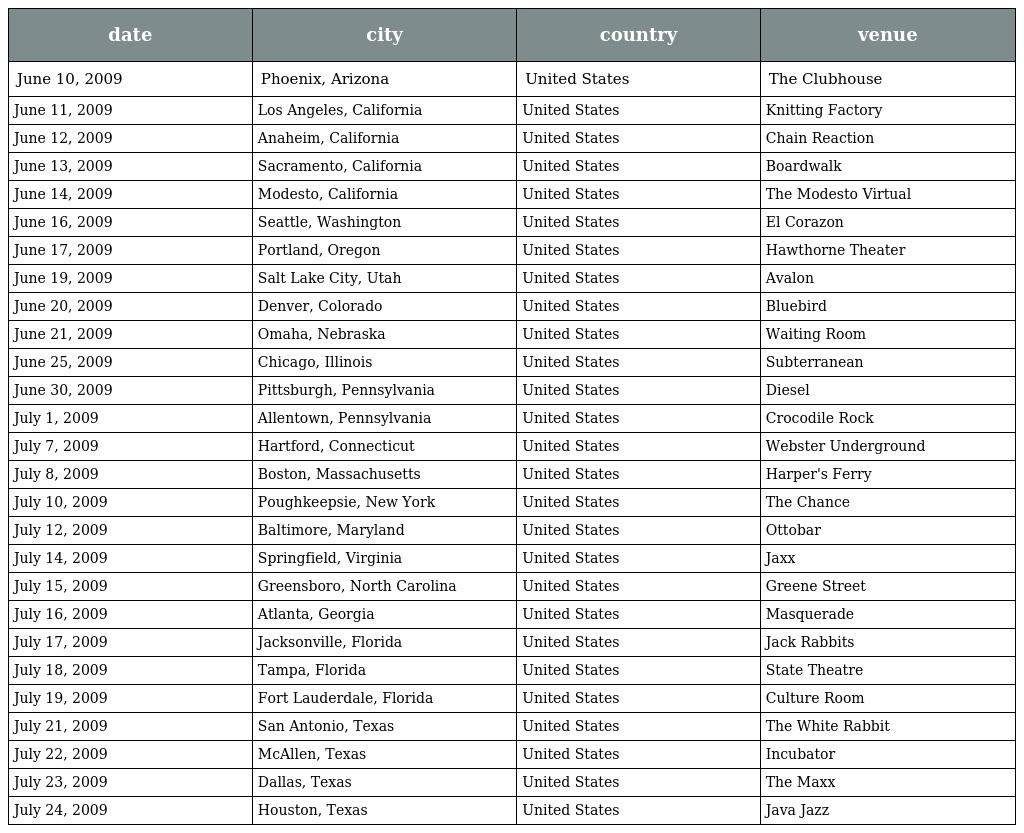
| date | city | country | venue |
 | --- | --- | --- | --- |
 | June 10, 2009 | Phoenix, Arizona | United States | The Clubhouse |
 | June 11, 2009 | Los Angeles, California | United States | Knitting Factory |
 | June 12, 2009 | Anaheim, California | United States | Chain Reaction |
 | June 13, 2009 | Sacramento, California | United States | Boardwalk |
 | June 14, 2009 | Modesto, California | United States | The Modesto Virtual |
 | June 16, 2009 | Seattle, Washington | United States | El Corazon |
 | June 17, 2009 | Portland, Oregon | United States | Hawthorne Theater |
 | June 19, 2009 | Salt Lake City, Utah | United States | Avalon |
 | June 20, 2009 | Denver, Colorado | United States | Bluebird |
 | June 21, 2009 | Omaha, Nebraska | United States | Waiting Room |
 | June 25, 2009 | Chicago, Illinois | United States | Subterranean |
 | June 30, 2009 | Pittsburgh, Pennsylvania | United States | Diesel |
 | July 1, 2009 | Allentown, Pennsylvania | United States | Crocodile Rock |
 | July 7, 2009 | Hartford, Connecticut | United States | Webster Underground |
 | July 8, 2009 | Boston, Massachusetts | United States | Harper's Ferry |
 | July 10, 2009 | Poughkeepsie, New York | United States | The Chance |
 | July 12, 2009 | Baltimore, Maryland | United States | Ottobar |
 | July 14, 2009 | Springfield, Virginia | United States | Jaxx |
 | July 15, 2009 | Greensboro, North Carolina | United States | Greene Street |
 | July 16, 2009 | Atlanta, Georgia | United States | Masquerade |
 | July 17, 2009 | Jacksonville, Florida | United States | Jack Rabbits |
 | July 18, 2009 | Tampa, Florida | United States | State Theatre |
 | July 19, 2009 | Fort Lauderdale, Florida | United States | Culture Room |
 | July 21, 2009 | San Antonio, Texas | United States | The White Rabbit |
 | July 22, 2009 | McAllen, Texas | United States | Incubator |
 | July 23, 2009 | Dallas, Texas | United States | The Maxx |
 | July 24, 2009 | Houston, Texas | United States | Java Jazz |